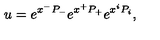
u = e ^ { x ^ { - } P _ { - } } e ^ { x ^ { + } P _ { + } } e ^ { x ^ { i } P _ { i } } ,